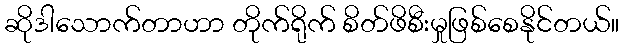
ဆိုဒါသောက်တာဟာ တိုက်ရိုက် စိတ်ဖိစီးမှုဖြစ်စေနိုင်တယ်။